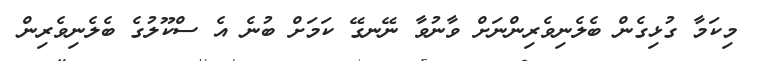
މިކަމާ ގުޅިގެން ބެލެނިވެރިންނަށް ވާނުވާ ނޭނގޭ ކަމަށް ބުނެ އެ ސްކޫލުގެ ބެލެނިވެރިން